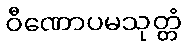
ဝီဏောပမသုတ္တံ